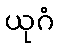
ယုဂံ